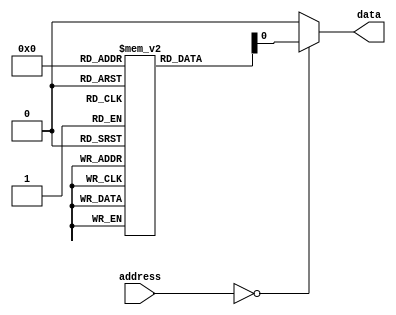
module Fuse_ROM (
    input wire [7:0] address,
    output reg data
);

reg [7:0] memory [0:255];

initial begin
    // Initialize memory values by setting appropriate fuses
    // For example, to store the value 10101010 at address 0:
    // memory[0] = 8'b10101010;
end

always @(*) begin
    case (address)
        8'd0: data = memory[0];
        // Add more cases for other memory locations as needed
        default: data = 8'b0; // Default value if address is not found
    endcase
end

endmodule